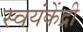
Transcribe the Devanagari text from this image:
स्वयंकेंद्री